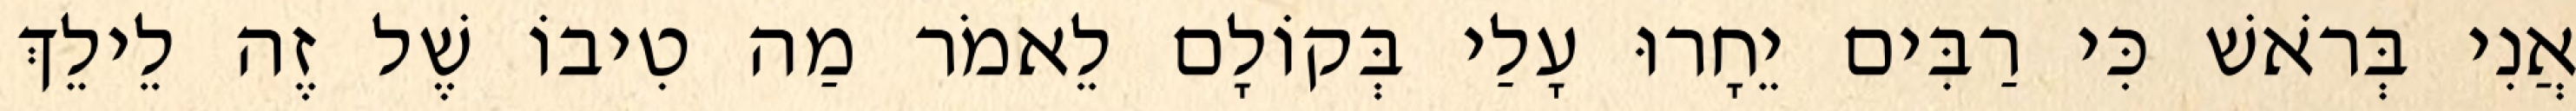
אֲנִי בְּרֹאשׁ כִּי רַבִּים יֵחָרוּ עָלַי בְּקוֹלָם לֵאמֹר מַה טִיבוֹ שֶׁל זֶה לֵילֵךְ